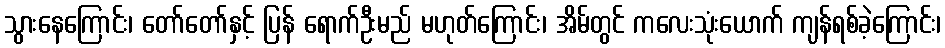
သွားနေကြောင်း၊ တော်တော်နှင့် ပြန် ရောက်ဦးမည် မဟုတ်ကြောင်း၊ အိမ်တွင် ကလေးသုံးယောက် ကျန်ရစ်ခဲ့ကြောင်း၊